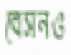
বেসনও